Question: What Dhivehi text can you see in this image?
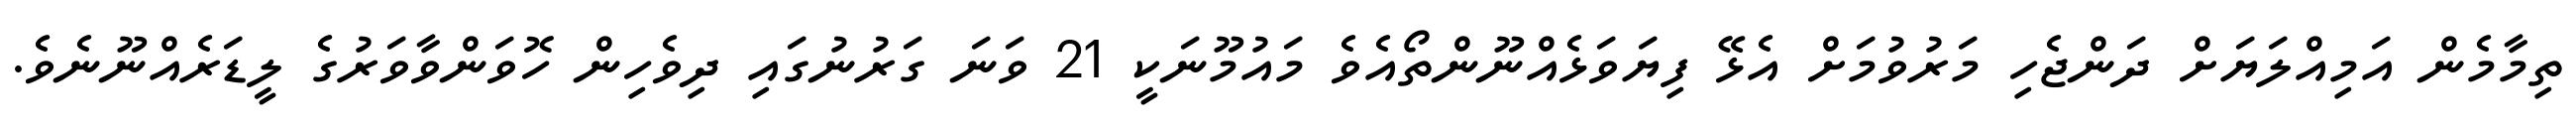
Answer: ތިމާމެން އަމިއްލަޔަށް ދަންޖެހި މަރުވުމަށް އެޅޭ ފިޔަވަޅެއްނޫންތޯއެވެ މައުމޫނަކީ 21 ވަނަ ގަރުނުގައި ދިވެހިން ހޮވަންވާވަރުގެ ލީޑަރެއްނޫނެވެ.